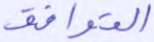
التوافق